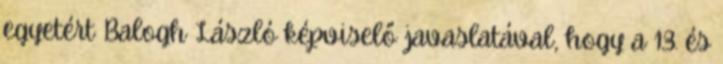
egyetért Balogh László képviselő javaslatával, hogy a 13. és